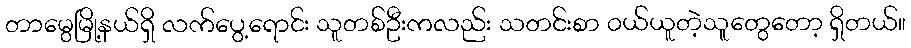
တာမွေမြို့နယ်ရှိ လက်ပွေ့ရောင်း သူတစ်ဦးကလည်း သတင်းစာ ဝယ်ယူတဲ့သူတွေတော့ ရှိတယ်။